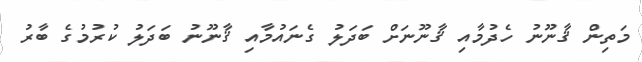
މަތިން ޤާނޫނު ހެދުމާއި ޤާނޫނަށް ބަދަލު ގެނައުމާއި ޤާނޫނު ބަދަލު ކުރުމުގެ ބާރު